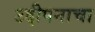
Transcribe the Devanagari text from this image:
उद्दीपनाचा